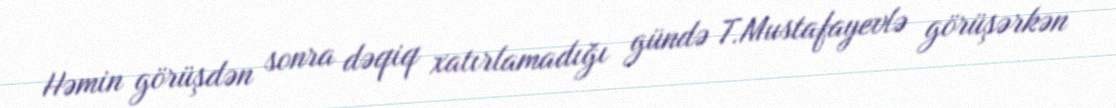
Həmin görüşdən sonra dəqiq xatırlamadığı gündə T.Mustafayevlə görüşərkən